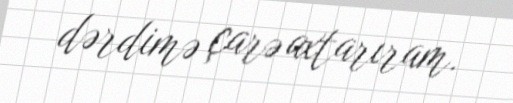
dərdimə çarə axtarıram.